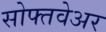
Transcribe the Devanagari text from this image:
सोफ्तवेअर